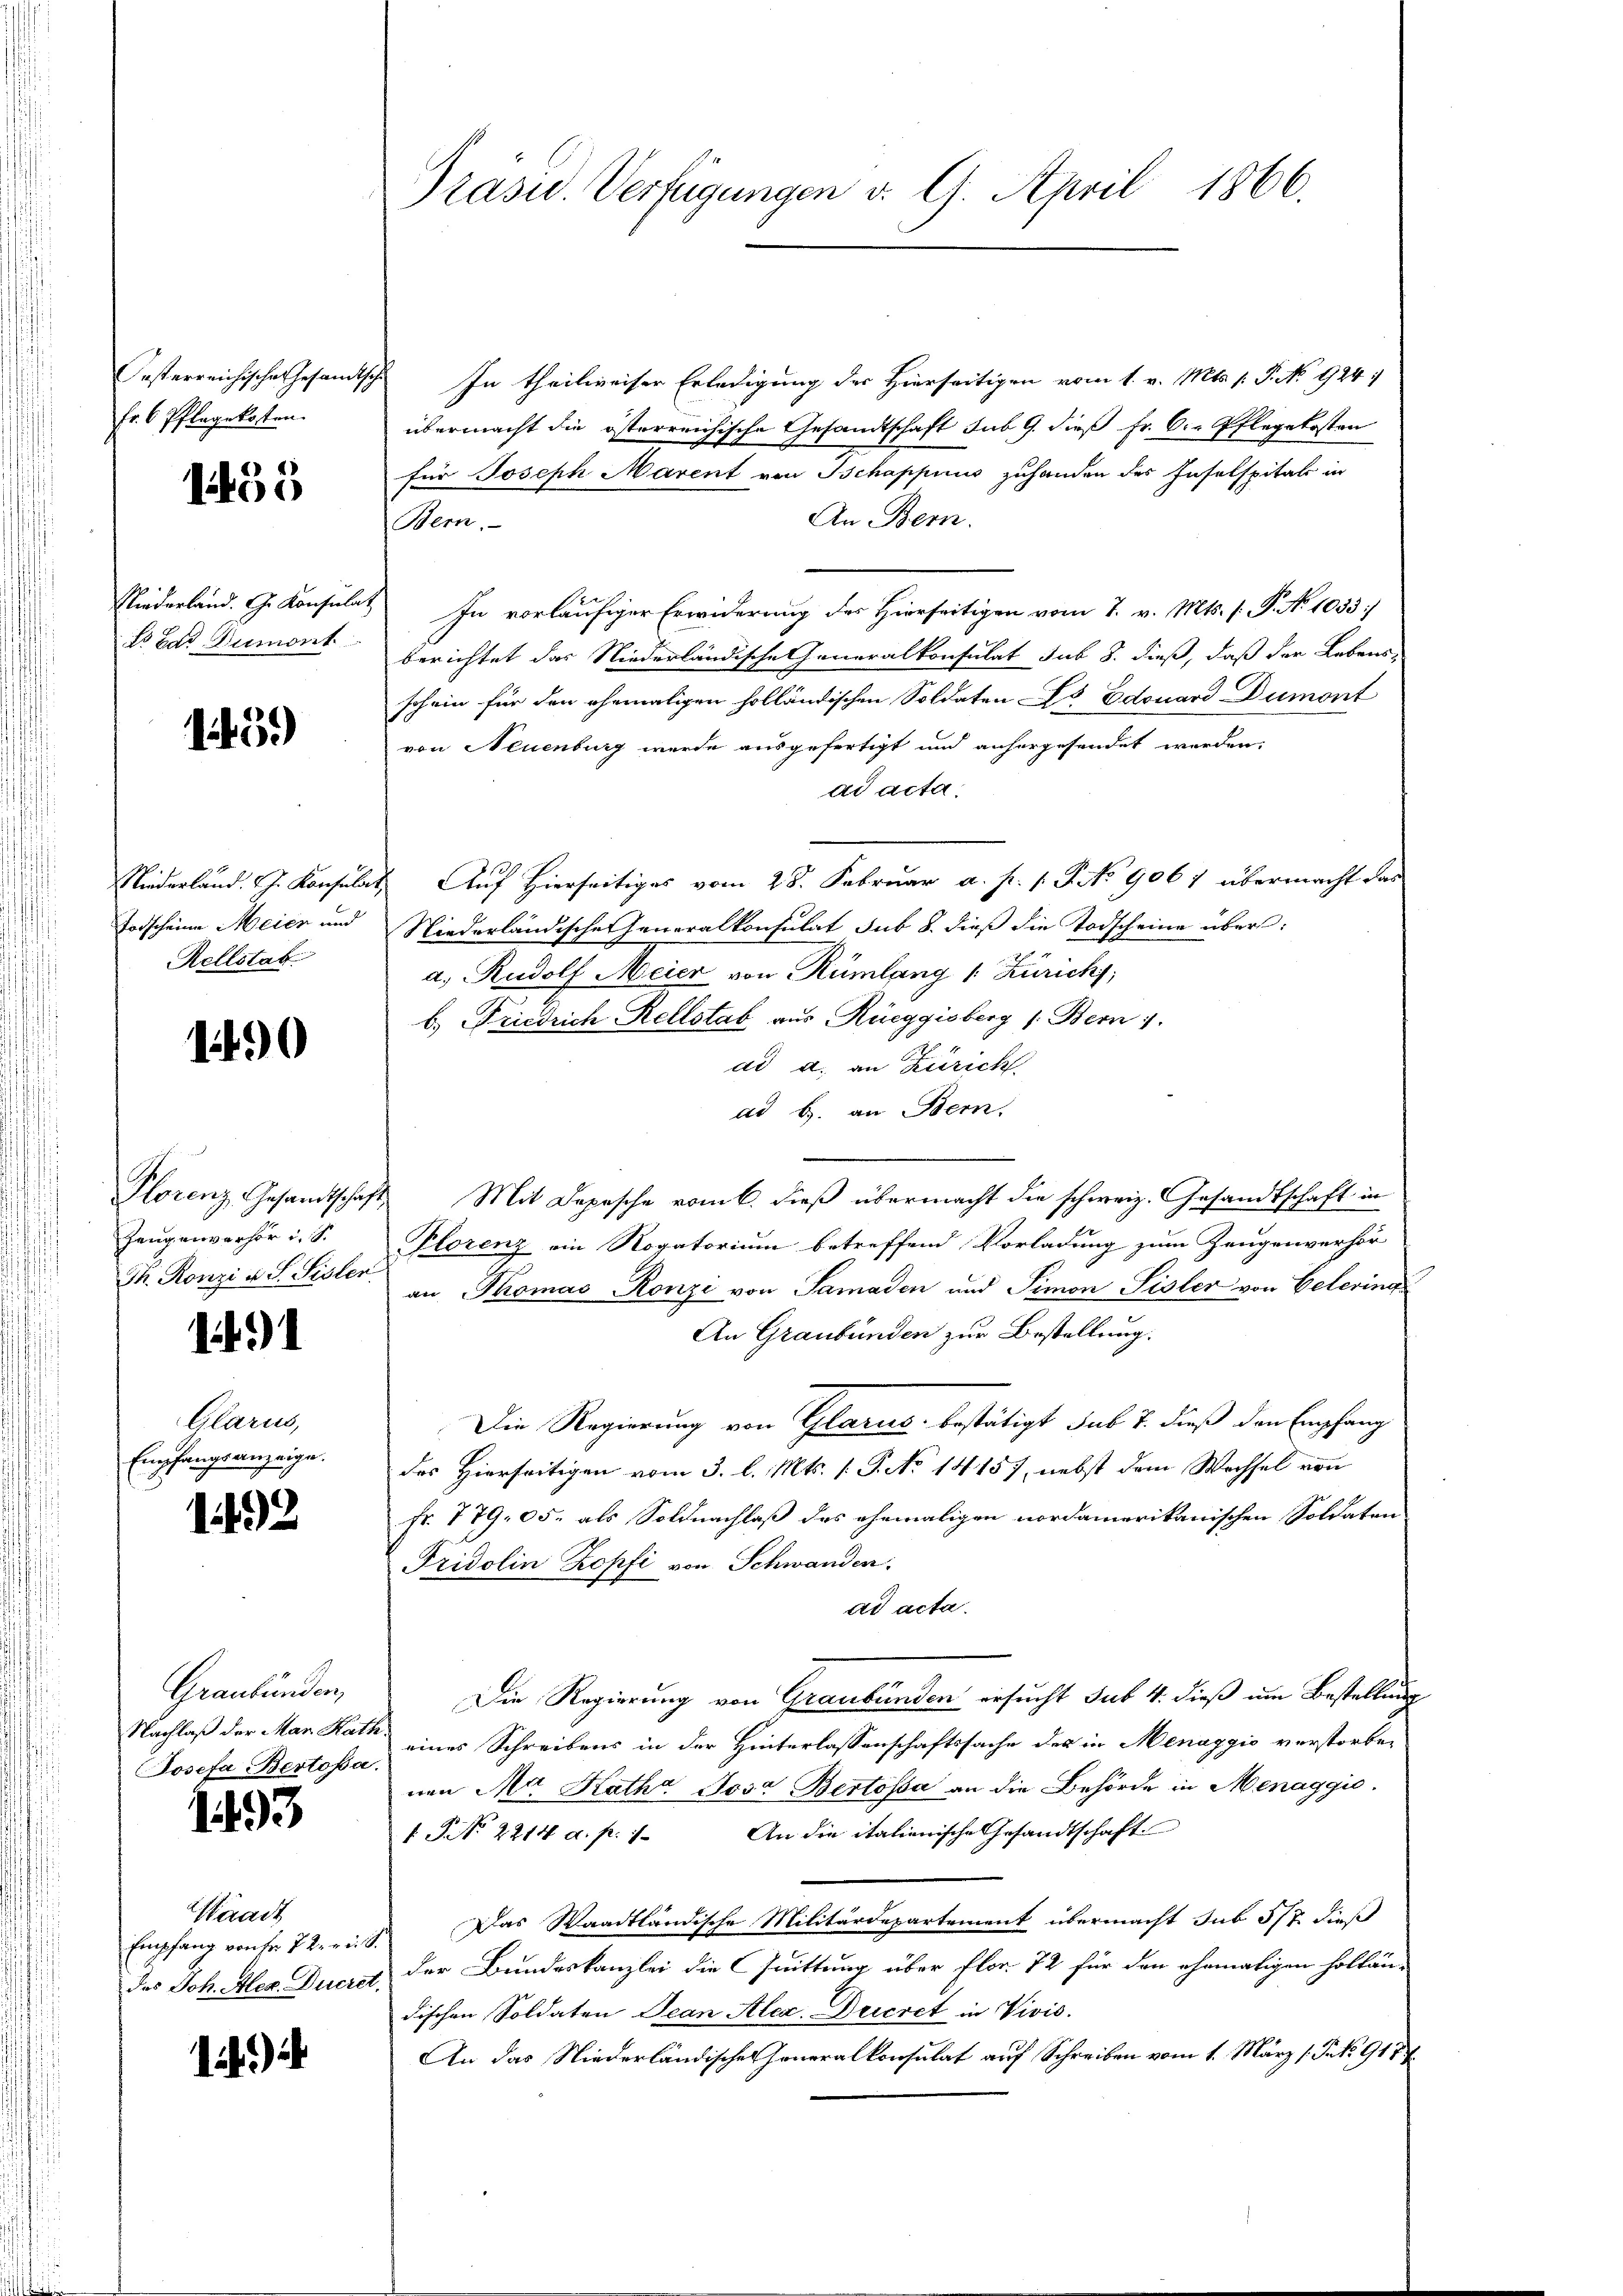
Oesterreichische Gesandt
Fr. 6 Pflegekosten.

1455

Fliederland. G. Konsula
L. Bad Dumont

14 15)

Niederland. J. Konfel
Todscheine Meier und
Rellstat

1490

Plorenz, Gesandtscha
Zeugenverhör i. S.
M. Konzi u. S. Sisler

)

Glarus,
Empfangsanzeige.

1432

Graubünden,
Nachlaß der Man Rath
osefa Bertosa.

1493

Waadt
Empfang von Fr. 12. r. 6.
des Joh. Alex. Ducrer

)

Präsid. Verfügungen v. 9. April 1866.

In theilweiser Erledigung der Hierseitigen vom 1. v. Mts. s. P. No. 924.
übermacht die österreichische Gesandtschaft sub. 9. dieß Fr. 6. Pflegekosten
für Joseph Marent von Schappius zuhanden des Inselspitals in
An Bern.
Bern.
In vorläufiger Erwiderung des Hierseitigen vom 7. v. Mts. (: P. No 1033]
berichtet das Niederländische Generalkonsulat sub 3. dieß, daß der Lebens-
schein für den ehemaligen holländischen Soldaten ds Edouard Dumont
von Neuenburg wurde ausgefertigt und anhergesendet werden.
ad acta.
 Auf Hierseitiges vom 28. Februar a. p. 1. P. No 9067 übermacht das
Niederländischen Generalkonsulat sub 8. dieß die Todscheine übera. Rudolf Meier von Rümlang 1. Zürich,
b.) Friedrich Rellstab aus Rüeggisberg (Bem 7.
ad a. an Zürich
ad b. an Bern.
Mit Depesche vom 6. dieß übermacht die schweiz. Gesandtschaft in
Plorenz ein Rogatorium betreffend Vorladung zum Zeugenverhör-
an Thomas Konzi von Samaden und Simon Sisler von Celering
An Graubünden zur Bestellung.
Die Regierung von Glarus bestätigt sub 7. dieß den Empfang
des Hierseitigen vom 3. l. Mts. 1. P. No 1415), nebst dem Wechsel von
Fr. 779, 05. als Soldnachlaß des ehemaligen nordamerikanischen Soldaten
Fridolin Kopfi von Schwanden.
ad acta.
Die Regierung von Graubünden ersucht sub 4. dieß um Bestellung
eines Schreibens in der Hinterlassenschaftssache des in Menaggio verstorben
nen Ma Katha Jose Bertosa an die Behörde in Menaggio.
f No 2214 a. p. 1. An die italienische Gesandtschaft
Das Waadtländische Militärdepartement übermacht sub 317 dieß
der Bundeskanzlei die Quittung über Flor. 72 für den ehemaligen holtän-
dischen Soldaten Jean Alex. Decret in Vivis.
An das Niederländischen Generalkonsulat auf Schreiben vom 1. März 1. Frk. 918